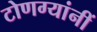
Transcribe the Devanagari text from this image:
टोणग्यांनीं